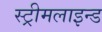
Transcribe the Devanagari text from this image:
स्ट्रीमलाइन्ड